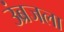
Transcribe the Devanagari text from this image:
उंब्रजला